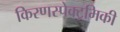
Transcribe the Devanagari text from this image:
किरणस्पेक्ट्रमिकी